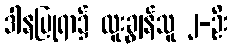
ဒါနပြုရာ၌ ထူးချွန်သူ ၂-ဦး